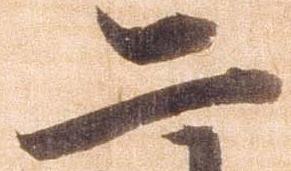
二